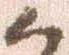
候